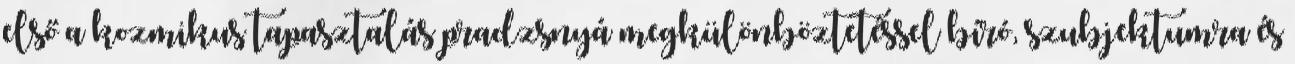
első a kozmikus tapasztalás pradzsnyá megkülönböztetéssel bíró, szubjektumra és